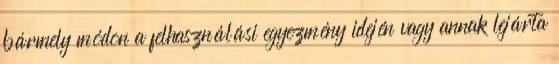
bármely módon a felhasználási egyezmény idején vagy annak lejárta